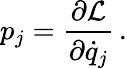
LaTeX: p_{j}={\frac{\partial{\mathcal{L}}}{\partial{\dot{q}}_{j}}}\, .